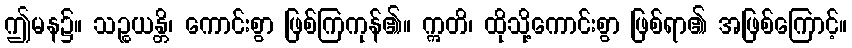
ဤမန၌။ သဉ္စယန္တိ၊ ကောင်းစွာ ဖြစ်ကြကုန်၏။ ဣတိ၊ ထိုသို့ကောင်းစွာ ဖြစ်ရာ၏ အဖြစ်ကြောင့်။